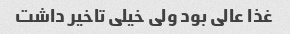
غذا عالی بود ولی خیلی تاخیر داشت